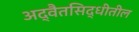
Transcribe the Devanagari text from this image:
अद्वैतसिद्धीतील